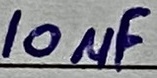
Text: 10µF